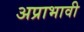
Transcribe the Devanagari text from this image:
अप्राभावी